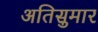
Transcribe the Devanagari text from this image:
अतिसुमार